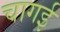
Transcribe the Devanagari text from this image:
चागई